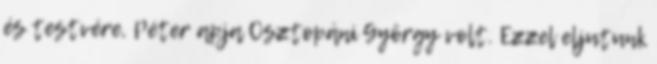
és testvére, Péter apja Osztopáni György volt. Ezzel eljutunk